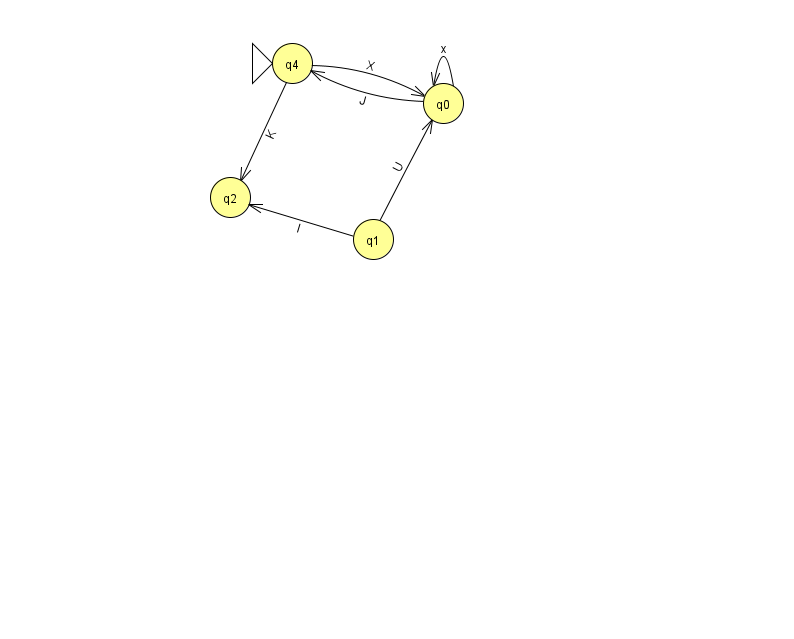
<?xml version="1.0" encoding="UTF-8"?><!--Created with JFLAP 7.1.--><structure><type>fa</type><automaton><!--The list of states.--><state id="0" name="q0"><x>443.0</x><y>90.0</y></state><state id="1" name="q1"><x>373.0</x><y>226.0</y></state><state id="2" name="q2"><x>230.0</x><y>184.0</y></state><state id="4" name="q4"><x>292.0</x><y>50.0</y><initial/></state><!--The list of transitions.--><transition><from>1</from><to>0</to><read>U</read></transition><transition><from>4</from><to>2</to><read>K</read></transition><transition><from>1</from><to>2</to><read>I</read></transition><transition><from>0</from><to>0</to><read>x</read></transition><transition><from>0</from><to>4</to><read>J</read></transition><transition><from>4</from><to>0</to><read>X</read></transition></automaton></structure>